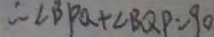
\therefore \angle B P Q + \angle B Q P = 9 0